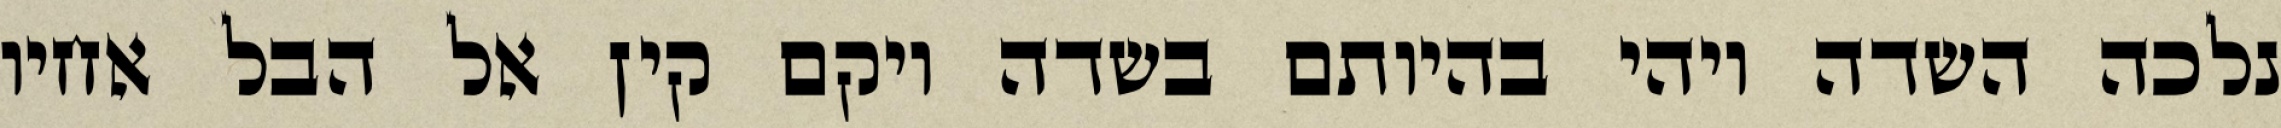
נלכה השדה ויהי בהיותם בשדה ויקם קין אל הבל אחיו